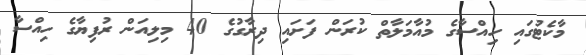
މާކެޓުގައި ހިއްސާގެ މުއާމަލާތް ކުރަން ފަށައި ދިރާގުގެ 40 މިލިއަން ރުފިޔާގެ ހިއްސާ